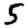
Digit: 5